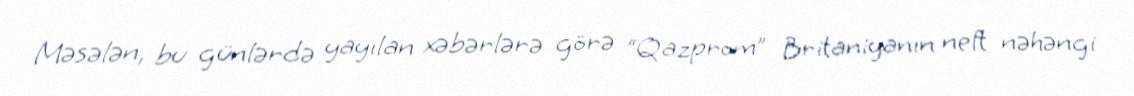
Məsələn, bu günlərdə yayılan xəbərlərə görə “Qazprom” Britaniyanın neft nəhəngi